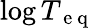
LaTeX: \log T_{\mathrm{~e~q~}}